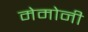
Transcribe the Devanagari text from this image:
मेमोनी